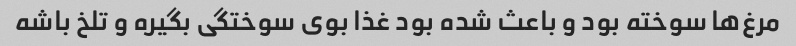
مرغ‌ها سوخته بود و باعث شده بود غذا بوی سوختگی بگیره و تلخ باشه